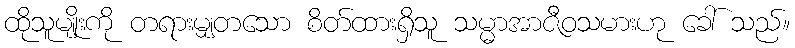
ထိုသူမျိုးကို တရားမျှတသော စိတ်ထားရှိသူ သမ္မာအာဇီဝသမားဟု ခေါ် သည်။